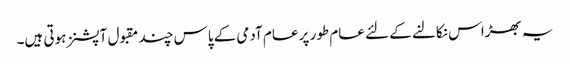
یہ بھڑاس نکالنے کے لئے عام طور پر عام آدمی کے پاس چند مقبول آپشنز ہوتی ہیں۔